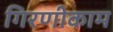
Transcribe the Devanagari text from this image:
गिरणीकाम